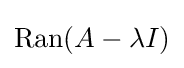
\operatorname {Ran} (A-\lambda I)